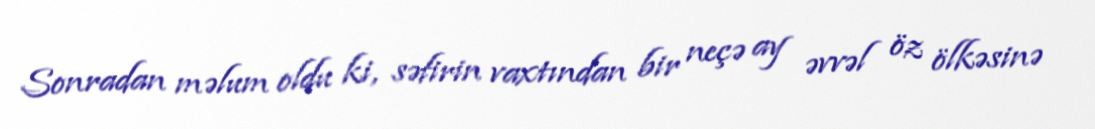
Sonradan məlum oldu ki, səfirin vaxtından bir neçə ay əvvəl öz ölkəsinə